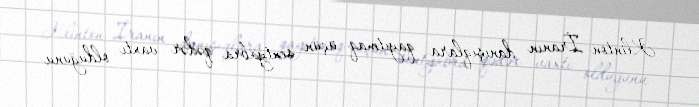
Klinton İranın danışıqlara qayıtmaq üçün sentyabra qədər vaxtı olduğunu